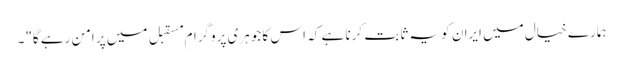
ہمارے خیال میں ایران کو یہ ثابت کرنا ہے کہ اس کا جوہری پروگرام مسقبل میں پر امن رہے گا"۔